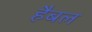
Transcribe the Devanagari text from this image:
हैबल